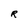
Character: R